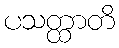
ပသတ္ထာတိ